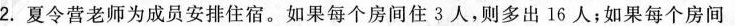
2.夏令营老师为成员安排住宿。如果每个房间住3人，则多出16人；如果每个房间